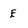
Character: e